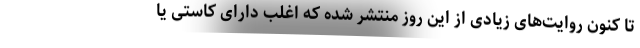
تا کنون روایت‌های زیادی از این روز منتشر شده که اغلب دارای کاستی یا